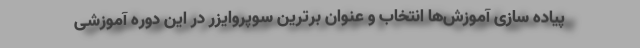
پیاده سازی آموزش‌ها انتخاب و عنوان برترین سوپروایزر در این دوره آموزشی